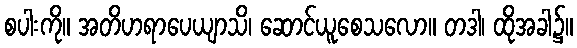
စပါးကို။ အတိဟရာပေယျာသိ၊ ဆောင်ယူစေသလော။ တဒါ၊ ထိုအခါ၌။